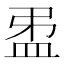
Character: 𥁜